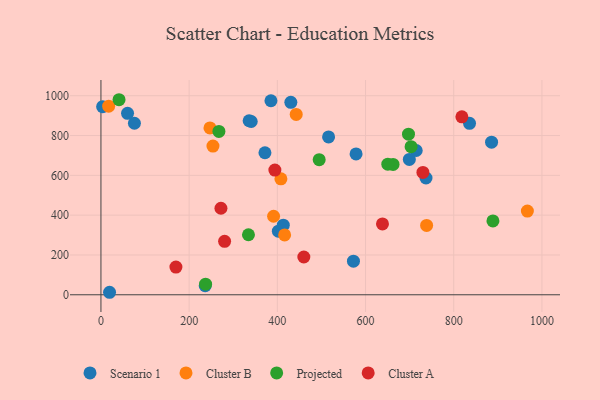
{"axis": {"x": "Engine Size", "y": "Fuel Efficiency"}, "legend": ["Cluster A", "Cluster B", "Projected", "Scenario 1"], "data": [{"x": "737.1", "y": 586.7, "type": "Scenario 1"}, {"x": "236.4", "y": 45.3, "type": "Scenario 1"}, {"x": "699.3", "y": 680.0, "type": "Scenario 1"}, {"x": "578.5", "y": 707.7, "type": "Scenario 1"}, {"x": "572.6", "y": 168.7, "type": "Scenario 1"}, {"x": "430.6", "y": 966.7, "type": "Scenario 1"}, {"x": "402.3", "y": 319.7, "type": "Scenario 1"}, {"x": "885.8", "y": 766.4, "type": "Scenario 1"}, {"x": "516.2", "y": 793.2, "type": "Scenario 1"}, {"x": "75.9", "y": 861.8, "type": "Scenario 1"}, {"x": "19.5", "y": 12.6, "type": "Scenario 1"}, {"x": "336.0", "y": 874.4, "type": "Scenario 1"}, {"x": "3.8", "y": 944.8, "type": "Scenario 1"}, {"x": "340.8", "y": 870.5, "type": "Scenario 1"}, {"x": "371.9", "y": 713.4, "type": "Scenario 1"}, {"x": "413.5", "y": 349.8, "type": "Scenario 1"}, {"x": "714.9", "y": 724.8, "type": "Scenario 1"}, {"x": "385.5", "y": 974.8, "type": "Scenario 1"}, {"x": "60.3", "y": 911.5, "type": "Scenario 1"}, {"x": "835.8", "y": 861.1, "type": "Scenario 1"}, {"x": "391.5", "y": 394.6, "type": "Cluster B"}, {"x": "408.1", "y": 582.6, "type": "Cluster B"}, {"x": "416.5", "y": 300.8, "type": "Cluster B"}, {"x": "247.2", "y": 838.2, "type": "Cluster B"}, {"x": "442.8", "y": 905.9, "type": "Cluster B"}, {"x": "254.0", "y": 747.3, "type": "Cluster B"}, {"x": "17.5", "y": 947.5, "type": "Cluster B"}, {"x": "738.5", "y": 348.2, "type": "Cluster B"}, {"x": "967.0", "y": 420.6, "type": "Cluster B"}, {"x": "703.3", "y": 744.1, "type": "Projected"}, {"x": "697.4", "y": 806.7, "type": "Projected"}, {"x": "334.5", "y": 301.7, "type": "Projected"}, {"x": "267.5", "y": 820.9, "type": "Projected"}, {"x": "888.9", "y": 371.0, "type": "Projected"}, {"x": "662.4", "y": 654.8, "type": "Projected"}, {"x": "237.3", "y": 53.2, "type": "Projected"}, {"x": "494.9", "y": 678.9, "type": "Projected"}, {"x": "41.0", "y": 979.9, "type": "Projected"}, {"x": "650.5", "y": 656.0, "type": "Projected"}, {"x": "272.1", "y": 434.6, "type": "Cluster A"}, {"x": "638.4", "y": 356.1, "type": "Cluster A"}, {"x": "460.1", "y": 189.9, "type": "Cluster A"}, {"x": "730.1", "y": 614.5, "type": "Cluster A"}, {"x": "394.4", "y": 626.7, "type": "Cluster A"}, {"x": "818.5", "y": 894.0, "type": "Cluster A"}, {"x": "280.4", "y": 268.4, "type": "Cluster A"}, {"x": "170.0", "y": 139.0, "type": "Cluster A"}]}